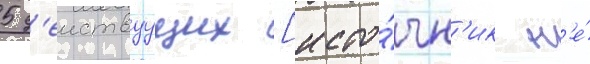
5 д'еиствуущих [исто́чн'ик н'е́